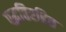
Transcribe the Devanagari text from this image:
पद्धतिरहित